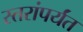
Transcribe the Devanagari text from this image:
स्तरांपर्यंत